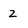
Character: 2